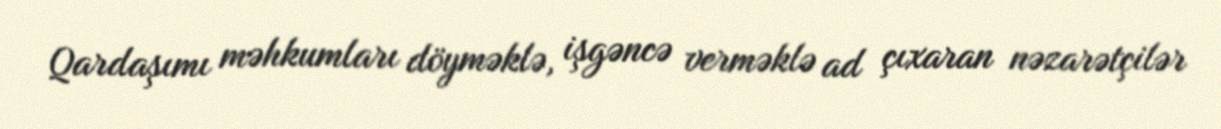
Qardaşımı məhkumları döyməklə, işgəncə verməklə ad çıxaran nəzarətçilər